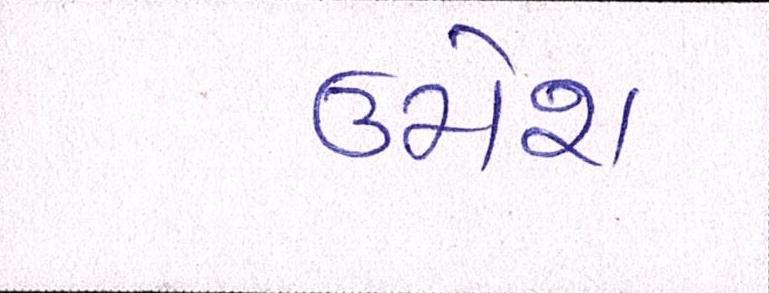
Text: ઉમેશ